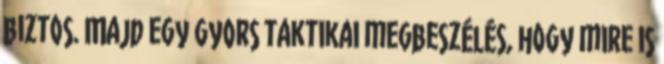
biztos. Majd egy gyors taktikai megbeszélés, hogy mire is